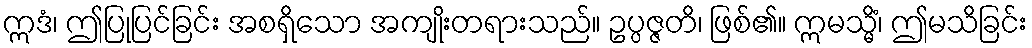
ဣဒံ၊ ဤပြုပြင်ခြင်း အစရှိသော အကျိုးတရားသည်။ ဥပ္ပဇ္ဇတိ၊ ဖြစ်၏။ ဣမသ္မိံ၊ ဤမသိခြင်း